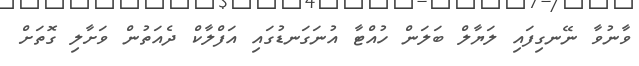
ވާނުވާ ނޭނގިފައި ލަޔާލް ބަލަން ހުއްޓާ އުނަގަނޑުގައި އަފްލާކް ދެއަތުން ވަށާލި ގޮތަށް